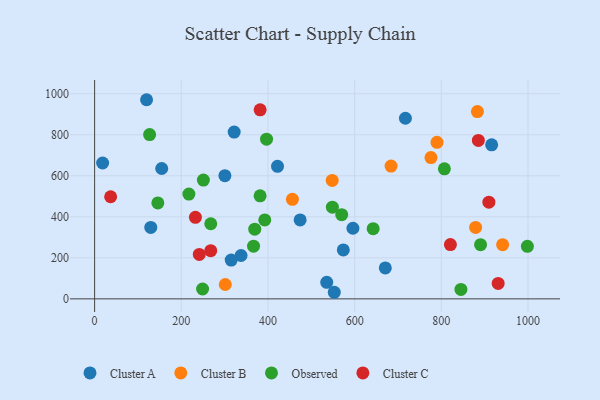
{"axis": {"x": "Study Hours", "y": "Profit"}, "legend": ["Cluster A", "Cluster B", "Cluster C", "Observed"], "data": [{"x": "154.8", "y": 635.5, "type": "Cluster A"}, {"x": "300.6", "y": 600.6, "type": "Cluster A"}, {"x": "129.6", "y": 348.4, "type": "Cluster A"}, {"x": "596.0", "y": 344.2, "type": "Cluster A"}, {"x": "322.0", "y": 813.2, "type": "Cluster A"}, {"x": "670.7", "y": 151.0, "type": "Cluster A"}, {"x": "717.1", "y": 880.5, "type": "Cluster A"}, {"x": "474.2", "y": 384.7, "type": "Cluster A"}, {"x": "119.9", "y": 970.9, "type": "Cluster A"}, {"x": "573.8", "y": 238.6, "type": "Cluster A"}, {"x": "315.2", "y": 189.1, "type": "Cluster A"}, {"x": "553.0", "y": 32.1, "type": "Cluster A"}, {"x": "422.0", "y": 646.1, "type": "Cluster A"}, {"x": "337.9", "y": 211.3, "type": "Cluster A"}, {"x": "916.1", "y": 751.0, "type": "Cluster A"}, {"x": "535.6", "y": 80.6, "type": "Cluster A"}, {"x": "18.5", "y": 662.4, "type": "Cluster A"}, {"x": "548.2", "y": 577.3, "type": "Cluster B"}, {"x": "883.2", "y": 913.2, "type": "Cluster B"}, {"x": "941.4", "y": 264.2, "type": "Cluster B"}, {"x": "456.4", "y": 485.1, "type": "Cluster B"}, {"x": "301.5", "y": 70.1, "type": "Cluster B"}, {"x": "684.0", "y": 647.4, "type": "Cluster B"}, {"x": "790.0", "y": 763.2, "type": "Cluster B"}, {"x": "776.1", "y": 689.0, "type": "Cluster B"}, {"x": "879.1", "y": 348.2, "type": "Cluster B"}, {"x": "249.1", "y": 48.1, "type": "Observed"}, {"x": "366.7", "y": 257.1, "type": "Observed"}, {"x": "268.0", "y": 366.3, "type": "Observed"}, {"x": "381.8", "y": 502.2, "type": "Observed"}, {"x": "392.6", "y": 384.8, "type": "Observed"}, {"x": "807.0", "y": 634.0, "type": "Observed"}, {"x": "890.5", "y": 264.0, "type": "Observed"}, {"x": "251.0", "y": 579.0, "type": "Observed"}, {"x": "998.5", "y": 256.3, "type": "Observed"}, {"x": "548.6", "y": 447.2, "type": "Observed"}, {"x": "217.5", "y": 510.8, "type": "Observed"}, {"x": "845.2", "y": 45.8, "type": "Observed"}, {"x": "145.9", "y": 467.5, "type": "Observed"}, {"x": "126.9", "y": 800.9, "type": "Observed"}, {"x": "570.1", "y": 410.4, "type": "Observed"}, {"x": "642.7", "y": 342.0, "type": "Observed"}, {"x": "369.5", "y": 339.7, "type": "Observed"}, {"x": "396.7", "y": 778.4, "type": "Observed"}, {"x": "232.6", "y": 397.5, "type": "Cluster C"}, {"x": "267.9", "y": 235.1, "type": "Cluster C"}, {"x": "931.1", "y": 75.4, "type": "Cluster C"}, {"x": "381.9", "y": 921.9, "type": "Cluster C"}, {"x": "37.0", "y": 497.9, "type": "Cluster C"}, {"x": "885.4", "y": 772.3, "type": "Cluster C"}, {"x": "909.7", "y": 471.5, "type": "Cluster C"}, {"x": "241.5", "y": 216.4, "type": "Cluster C"}, {"x": "820.9", "y": 264.7, "type": "Cluster C"}]}